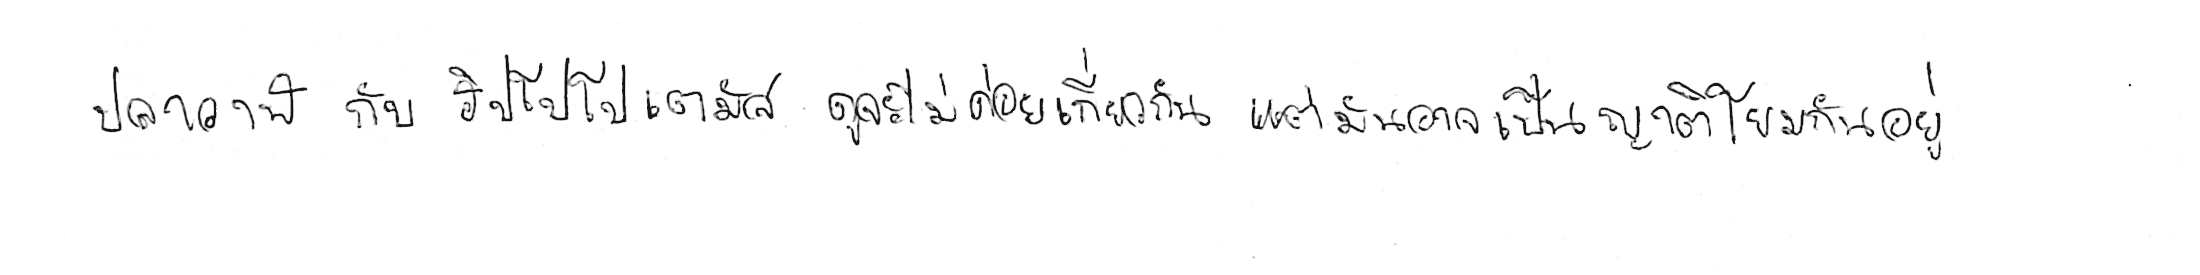
ปลาวาฬ กับ ฮิปโปโปเตมัส ดูจะไม่ค่อยเกี่ยวกัน แต่มันอาจเป็นญาติโยมกันอยู่